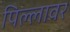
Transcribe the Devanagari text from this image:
पिल्लावर